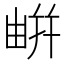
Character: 𢆟